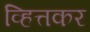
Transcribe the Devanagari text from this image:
व्हित्तकर